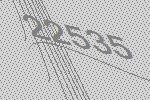
22535